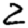
Digit: 2